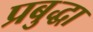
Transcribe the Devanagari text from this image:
प्रबुद्धा